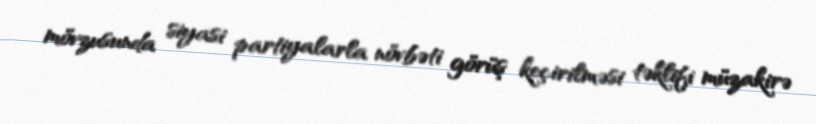
mövzusunda siyasi partiyalarla növbəti görüş keçirilməsi təklifi müzakirə